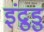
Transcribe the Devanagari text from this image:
इंद्रुडु